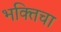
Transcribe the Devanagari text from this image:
भक्तिचा